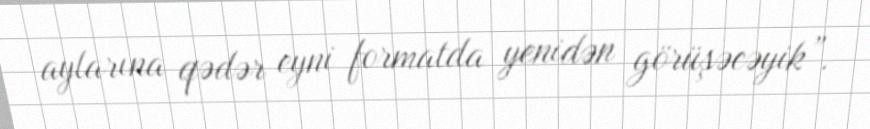
aylarına qədər eyni formatda yenidən görüşəcəyik”.